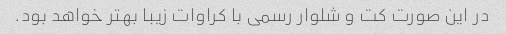
در این صورت کت و شلوار رسمی با کراوات زیبا بهتر خواهد بود.